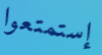
إستمتعوا